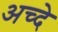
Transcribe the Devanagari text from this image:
अच्दे